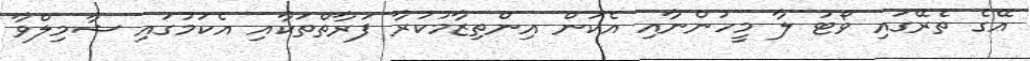
އޭގެ ތެރޭގައި ވޯޓު ލާ މީހުންނާއި އެކަން އިންތިޒާމުކުރާ ފަރާތްތަކާއި އެކަމުގައި ޝާމިލްވާ